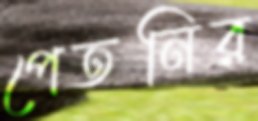
পেতনির